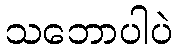
သဘောပါပဲ